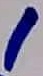
Text: 1